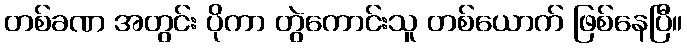
တစ်ခဏ အတွင်း ပိုကာ တွဲကောင်းသူ တစ်ယောက် ဖြစ်နေပြီ။